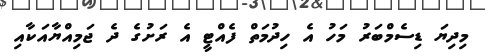
މިދިޔަ ޑިސެމްބަރު މަހު އެ ހިދުމަތް ފެއްޓީ އެ ރަށުގެ ދެ ޖަމިއްޔާއަކާއި